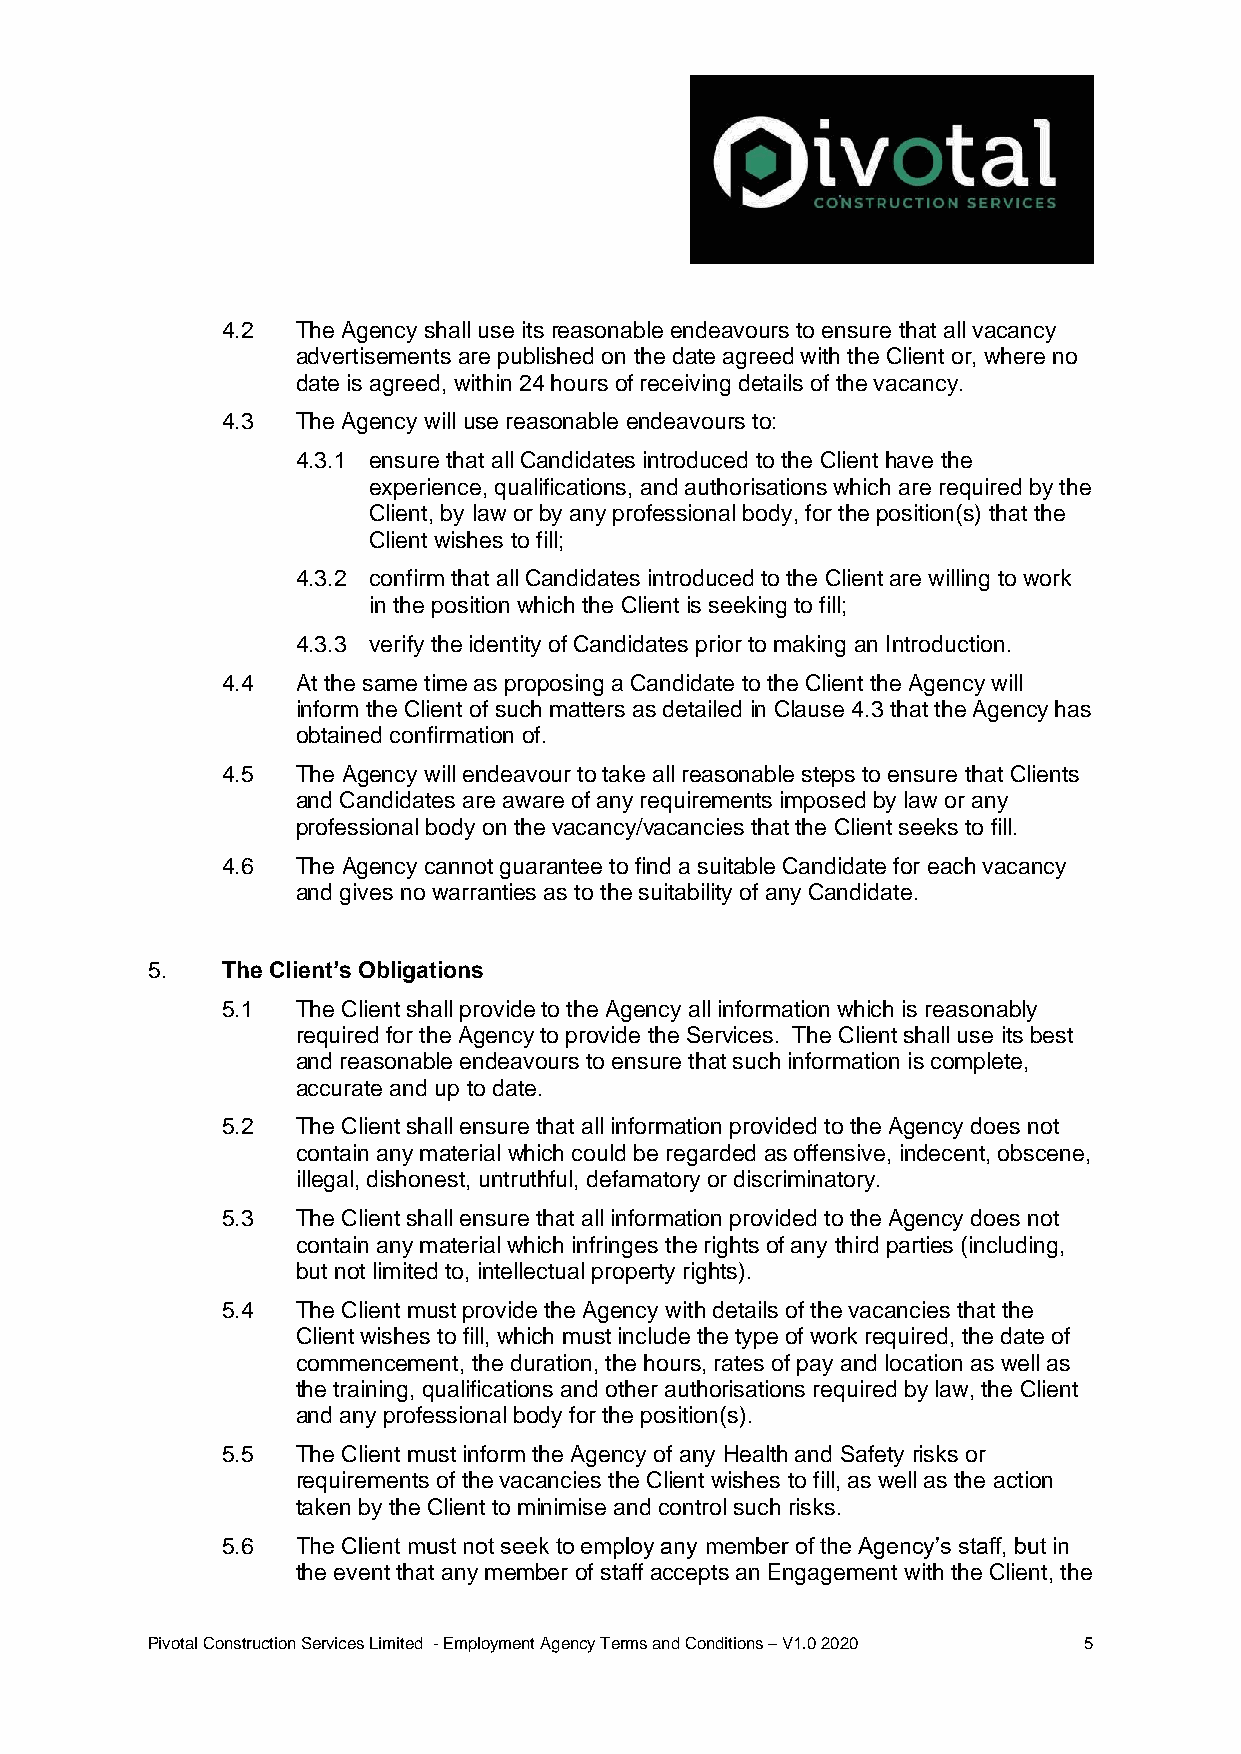
4.2  The Agency shall use its reasonable endeavours to ensure that all vacancy
 advertisements are published on the date agreed with the Client or, where no
 date is agreed, within 24 hours of receiving details of the vacancy.
 4.3  The Agency will use reasonable endeavours to:
 4.3.1 ensure that all Candidates introduced to the Client have the
 experience, qualifications, and authorisations which are required by the
 Client, by law or by any professional body, for the position(s) that the
 Client wishes to fill;
 4.3.2 confirm that all Candidates introduced to the Client are willing to work
 in the position which the Client is seeking to fill;
 4.3.3 verify the identity of Candidates prior to making an Introduction.
 4.4  At the same time as proposing a Candidate to the Client the Agency will
 inform the Client of such matters as detailed in Clause 4.3 that the Agency has
 obtained confirmation of.
 4.5  The Agency will endeavour to take all reasonable steps to ensure that Clients
 and Candidates are aware of any requirements imposed by law or any
 professional body on the vacancy/vacancies that the Client seeks to fill.
 4.6  The Agency cannot guarantee to find a suitable Candidate for each vacancy
 and gives no warranties as to the suitability of any Candidate.
 5.   The Client’s Obligations
 5.1  The Client shall provide to the Agency all information which is reasonably
 required for the Agency to provide the Services. The Client shall use its best
 and reasonable endeavours to ensure that such information is complete,
 accurate and up to date.
 5.2  The Client shall ensure that all information provided to the Agency does not
 contain any material which could be regarded as offensive, indecent, obscene,
 illegal, dishonest, untruthful, defamatory or discriminatory.
 5.3  The Client shall ensure that all information provided to the Agency does not
 contain any material which infringes the rights of any third parties (including,
 but not limited to, intellectual property rights).
 5.4  The Client must provide the Agency with details of the vacancies that the
 Client wishes to fill, which must include the type of work required, the date of
 commencement, the duration, the hours, rates of pay and location as well as
 the training, qualifications and other authorisations required by law, the Client
 and any professional body for the position(s).
 5.5  The Client must inform the Agency of any Health and Safety risks or
 requirements of the vacancies the Client wishes to fill, as well as the action
 taken by the Client to minimise and control such risks.
 5.6  The Client must not seek to employ any member of the Agency’s staff, but in
 the event that any member of staff accepts an Engagement with the Client, the
 Pivotal Construction Services Limited - Employment Agency Terms and Conditions – V1.0 2020 5